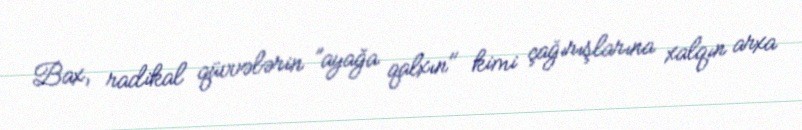
Bax, radikal qüvvələrin ”ayağa qalxın" kimi çağırışlarına xalqın arxa